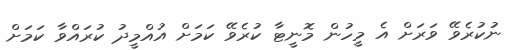
ނުކުރެވޭ ވަރަށް އެ މީހުން މޮނީޓާ ކުރެވޭ ކަމަށް އުއްމީދު ކުރައްވާ ކަމަށް